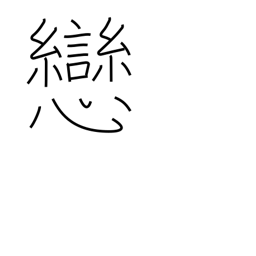
Meaning: darling